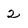
Character: 2